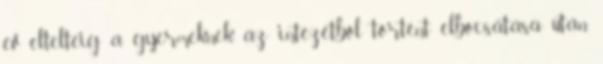
év elteltéig a gyermeknek az intézetből történt elbocsátása után